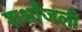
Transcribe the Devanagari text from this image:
शर्धांजली